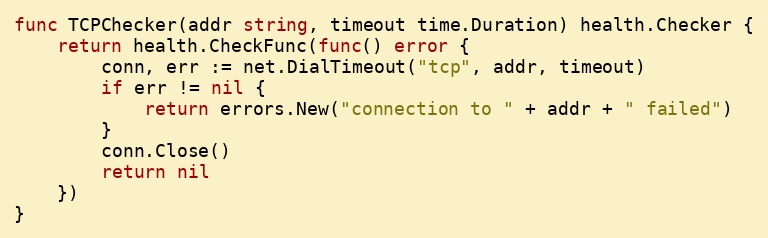
Language: Go
func TCPChecker(addr string, timeout time.Duration) health.Checker {
	return health.CheckFunc(func() error {
		conn, err := net.DialTimeout("tcp", addr, timeout)
		if err != nil {
			return errors.New("connection to " + addr + " failed")
		}
		conn.Close()
		return nil
	})
}